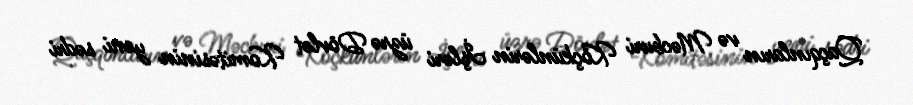
Qaçqınların və Məcburi Köçkünlərin İşləri üzrə Dövlət Komitəsinin yeni sədri